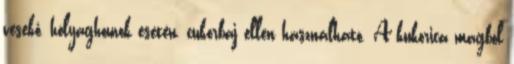
vesekő, hólyaghomok esetén, cukorbaj ellen használható. A kukorica magból